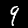
Digit: 9